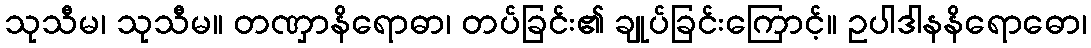
သုသီမ၊ သုသီမ။ တဏှာနိရောဓာ၊ တပ်ခြင်း၏ ချုပ်ခြင်းကြောင့်။ ဥပါဒါနနိရောဓော၊